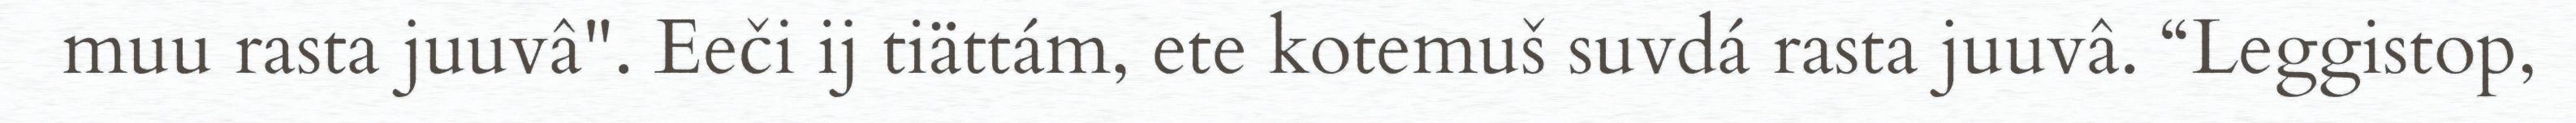
muu rasta juuvâ". Eeči ij tiättám, ete kotemuš suvdá rasta juuvâ. “Leggistop,